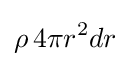
\rho \,4\pi r^{2}dr